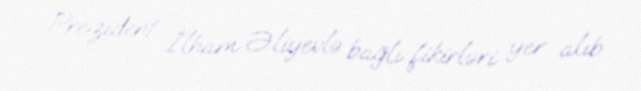
Prezident İlham Əliyevlə bağlı fikirləri yer alıb.